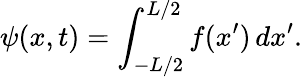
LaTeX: \psi(x,t)=\int_{-L/2}^{L/2}f(x^{\prime})\, dx^{\prime}.